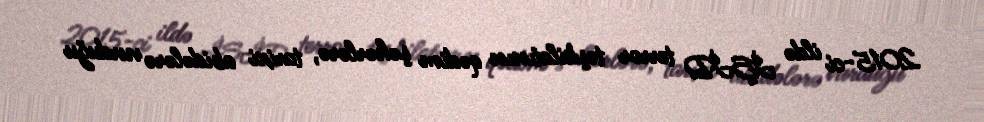
2015-ci ildə İŞİD terror təşkilatının qədim şəhərlərə, tarixi abidələrə vurduğu